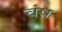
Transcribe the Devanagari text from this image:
वंष